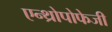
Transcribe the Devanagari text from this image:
एन्थ्रोपोफेजी